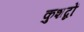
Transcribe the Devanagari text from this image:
कुशब्दों